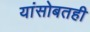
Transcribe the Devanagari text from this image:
यांसोबतही